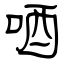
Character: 唒